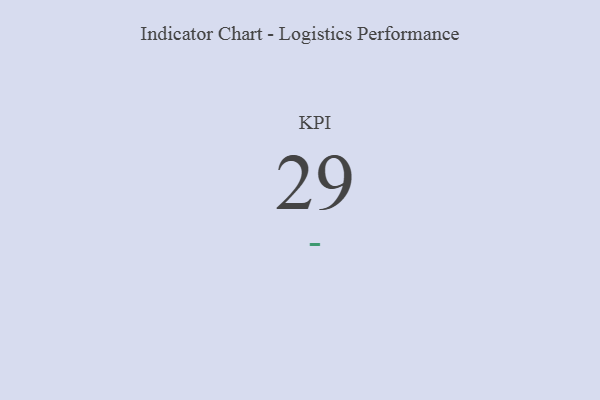
{"axis": {"x": "KPI", "y": "Value"}, "legend": [""], "data": [{"x": "KPI", "y": 29, "type": ""}]}